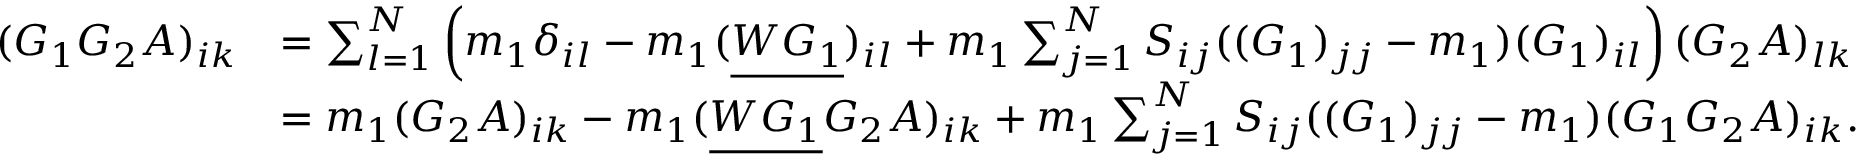
\begin{array} { r l } { ( G _ { 1 } G _ { 2 } A ) _ { i k } } & { = \sum _ { l = 1 } ^ { N } \left( m _ { 1 } \delta _ { i l } - m _ { 1 } ( \underline { { W G _ { 1 } } } ) _ { i l } + m _ { 1 } \sum _ { j = 1 } ^ { N } S _ { i j } ( ( G _ { 1 } ) _ { j j } - m _ { 1 } ) ( G _ { 1 } ) _ { i l } \right) ( G _ { 2 } A ) _ { l k } } \\ & { = m _ { 1 } ( G _ { 2 } A ) _ { i k } - m _ { 1 } ( \underline { { W G _ { 1 } } } G _ { 2 } A ) _ { i k } + m _ { 1 } \sum _ { j = 1 } ^ { N } S _ { i j } ( ( G _ { 1 } ) _ { j j } - m _ { 1 } ) ( G _ { 1 } G _ { 2 } A ) _ { i k } . } \end{array}